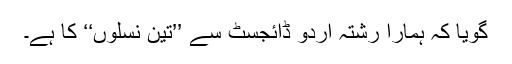
گویا کہ ہمارا رشتہ اُردو ڈائجسٹ سے ’’تین نسلوں‘‘ کا ہے۔